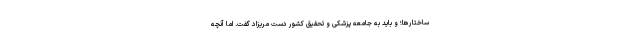
ساختارها؛ و باید به جامعه پزشکی و تحقیق کشور دست مریزاد گفت. اما آنچه